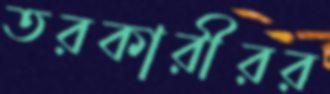
তরকারীরর